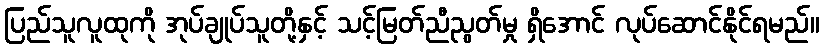
ပြည်သူလူထုကို အုပ်ချုပ်သူတို့နှင့် သင့်မြတ်ညီညွတ်မှု ရှိအောင် လုပ်ဆောင်နိုင်ရမည်။